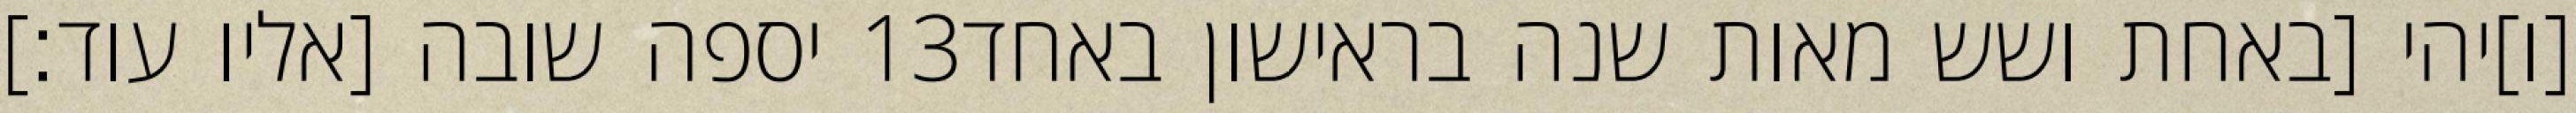
יספה שובה [אליו עוד׃] ‎13‏ [ו]יהי [באחת ושש מאות שנה בראישון באחד